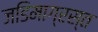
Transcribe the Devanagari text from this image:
जडिमाग्रस्त